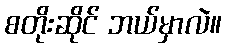
စတိုးဆိုင် ဘယ်မှာလဲ။